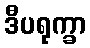
ဒီပရုက္ခာ